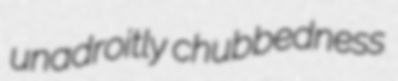
unadroitly chubbedness